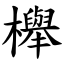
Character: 櫸